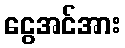
ငွေအင်အား